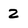
Character: 2